Report on sanitation, dispensaries, and jails in Rajputana for 1909, and on vaccination for the year 1909-1910 - 1909-1910
Year: 1909
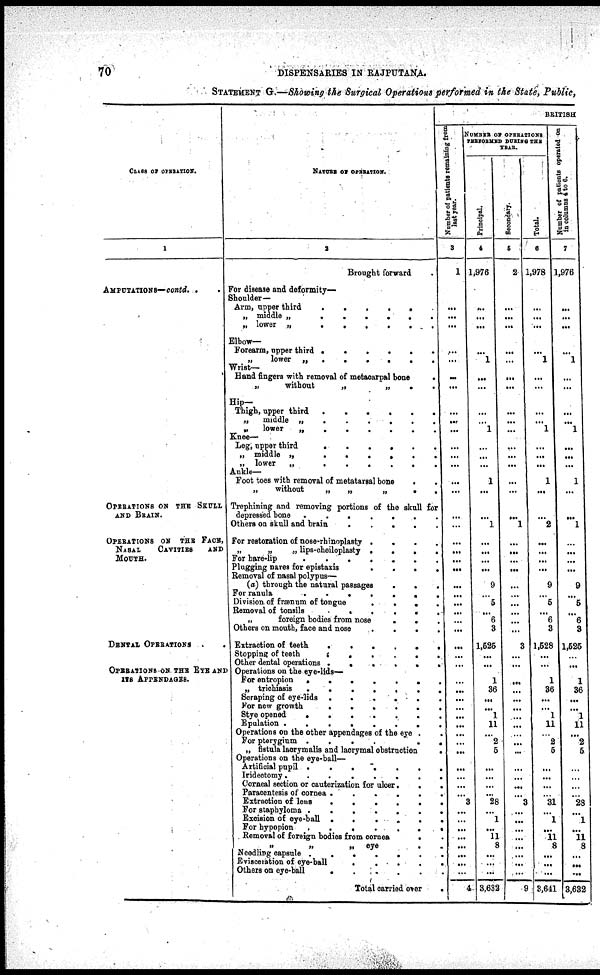
70
DISPENSARIES IN RAJPUTANA.
STATEMENT G.—Showing the Surgical Operations performed in thie State, Public,
CLASS OF OPERATION.
1
AMPUTATIONS—contd. .
OPERATIONS ON THE SKULL
AND BRAIN.
OPERATIONS ON
THE FACE,
NASAL
CAVITIES
AND
MOUTH.
DENTAL OPERATIONS
OPERATIONS ON THE EYE AND
ITS APPENDAGES.
NATURE OF OPERATION.
2
Brought forward
For disease and deformity—
Shoulder—
Arm, upper third
.
.
.
.
.
„ middle „
.
.
.
.
.
.
„ lower „
.
.
.
.
.
.
Elbow-
Forearm, upper third .
.
.
.
.
.
„ lower
„
.
.
.
.
.
.
Wrist—
Hand fingers with removal of metacarpal bone
.
„
without
„
„
.
Hip—
Thigh, upper third
.
.
.
.
.
.
„
middle „
.
.
.
. . .
„
lower
„
.
.
.
.
. .
Knee-
Leg, upper third
.
.
.
.
.
.
„ middle „
.
.
.
.
.
.
„ lower
„
.
.
.
.
.
.
Ankle—
Foot toes with removal of metatarsal bone
. .
„
without
„
„
„
.
.
Trephining and removing portions of the skull for
depressed bone
.
.
.
.
.
.
.
Others on skull and brain
.
.
.
.
.
For restoration of nose-rhinoplasty .
.
.
.
„ lips-cheiloplasty .
.
.
.
For hare-lip
.
.
.
.
.
.
.
Plugging nares for epistaxis
.
.
.
.
Removal of nasal polypus—
(a) through the natural passages
.
.
.
For ranula
.......
Division of frænum of tongue
.
.
.
.
Removal of tonsils
.....
„
foreign bodies from nose
.
.
Others on month, face and nose
.
.
.
.
Extraction of teeth
.
.
.
.
.
.
Stopping of teeth
.
.
.
.
.
.
Other dental operations
.
.
.
.
.
.
Operations on the eye-lide—
For entropion
.
.
.
.
.
.
.
„ trichiasis
.
.
.
.
.
.
.
Scraping of eye-lids .
.
.
.
.
.
For new growth
.
.
.
.
.
.
.
Stye opened
.
.
.
.
.
.
.
Epulation .
.
.
.
.
.
.
.
Operations on the other appendages of the eye .
.
For pterygium .
.
.
.
.
„ fistula lacrymalis and lacrymal obstruction
.
Operations on the eye-ball—
Artificial pupil .
.
.
.
.
.
.
Iridectomy.
.
.
.
.
.
.
.
Corneal section or cauterization for ulcer. . .
Paracentesis of cornea
.
.
.
.
.
.
Extraction of lens
.
.
.
.
.
.
For staphyloma
.
.
.
.
.
.
.
Excision of eye-ball
.
.
.
.
.
.
For hypopion
.
.
.
.
.
.
Removal of foreign bodies from cornea
. .
„
„
eye
.
.
Needling capsule .
.
.
.
.
.
.
Evisceration of eye-ball
.
.
.
.
.
Others on eye-ball
.
.
.
.
.
.
Total carried over
.
BRITISH
Number of patients remaining from
last year.
3
1
...
...
...
...
...
...
...
...
...
...
...
...
...
...
...
...
...
...
...
...
...
...
...
...
...
...
...
...
...
...
...
...
...
...
...
...
...
...
...
...
...
...
...
3
...
...
...
...
...
...
...
...
4
NUMBER OF OPERATIONS
PERFORMED DURING THE
YEAR.
Principal.
4
1,976
...
...
...
...
1
...
...
...
... 1
...
...
...
1
...
...
1
...
...
...
...
9
... 5
...
6
3
1,525
...
...
1
36
...
...
1
11
...
2
5
...
...
...
...
28
...
1
...
11
8
...
...
...
3,632
Secondary.
5
2
...
...
...
...
...
...
...
...
...
...
...
...
...
...
...
...
1
...
...
...
...
...
...
...
...
...
...
3
...
...
...
...
...
...
...
...
...
...
...
...
...
...
...
3
...
...
...
...
...
...
...
...
9
Total.
6
1,978
...
...
...
...
1
...
...
...
...
1
...
...
...
1
...
...
2
...
...
...
...
9
... 5
...
6
3
1,528
...
...
1
36
...
...
1
11
...
2
5
...
...
...
...
31
...
1
...
11
8
...
...
...
8,641
Number of patients operated on
in columns 4 to 6.
7
1,976
...
...
...
...
1
...
...
...
... 1
...
...
...
1
...
...
1
...
...
...
...
9
... 5
...
6
3
1,525
...
...
1
36
...
...
1
11
...
2
5
...
...
...
...
28
...
1
...
11
8
...
...
...
3,632